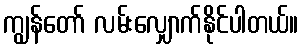
ကျွန်တော် လမ်းလျှောက်နိုင်ပါတယ်။